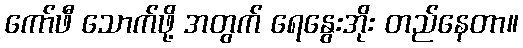
ကော်ဖီ သောက်ဖို့ အတွက် ရေနွေးအိုး တည်နေတာ။